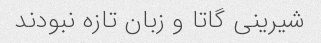
شیرینی گاتا و زبان تازه نبودند